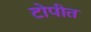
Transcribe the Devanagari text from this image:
टोपीत